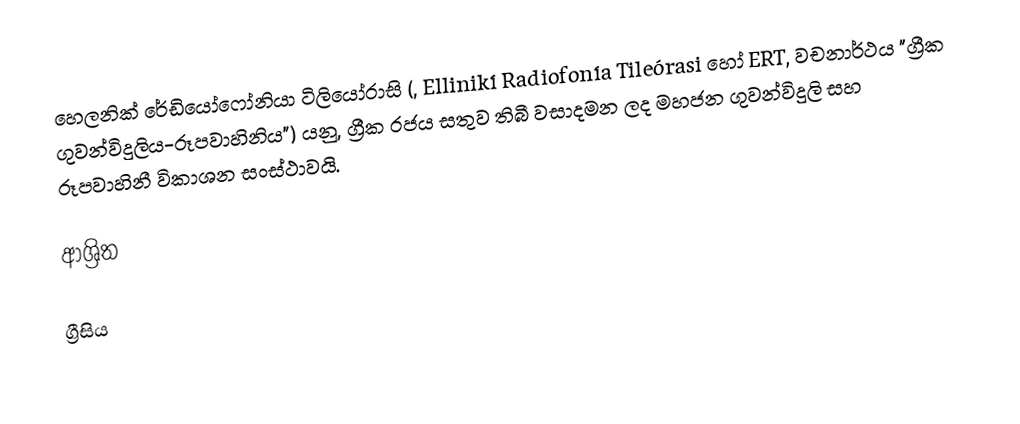
හෙලනික් රේඩියෝෆෝනියා ටිලියෝරාසි (, Ellinikí Radiofonía Tileórasi හෝ ERT, වචනාර්ථය "ග්‍රීක ගුවන්විදුලිය-රූපවාහිනිය") යනු,  ග්‍රීක රජය සතුව තිබී වසාදමන ලද මහජන ගුවන්විදුලි සහ රූපවාහිනී විකාශන සංස්ථාවයි.

ආශ්‍රිත

ග්‍රීසිය